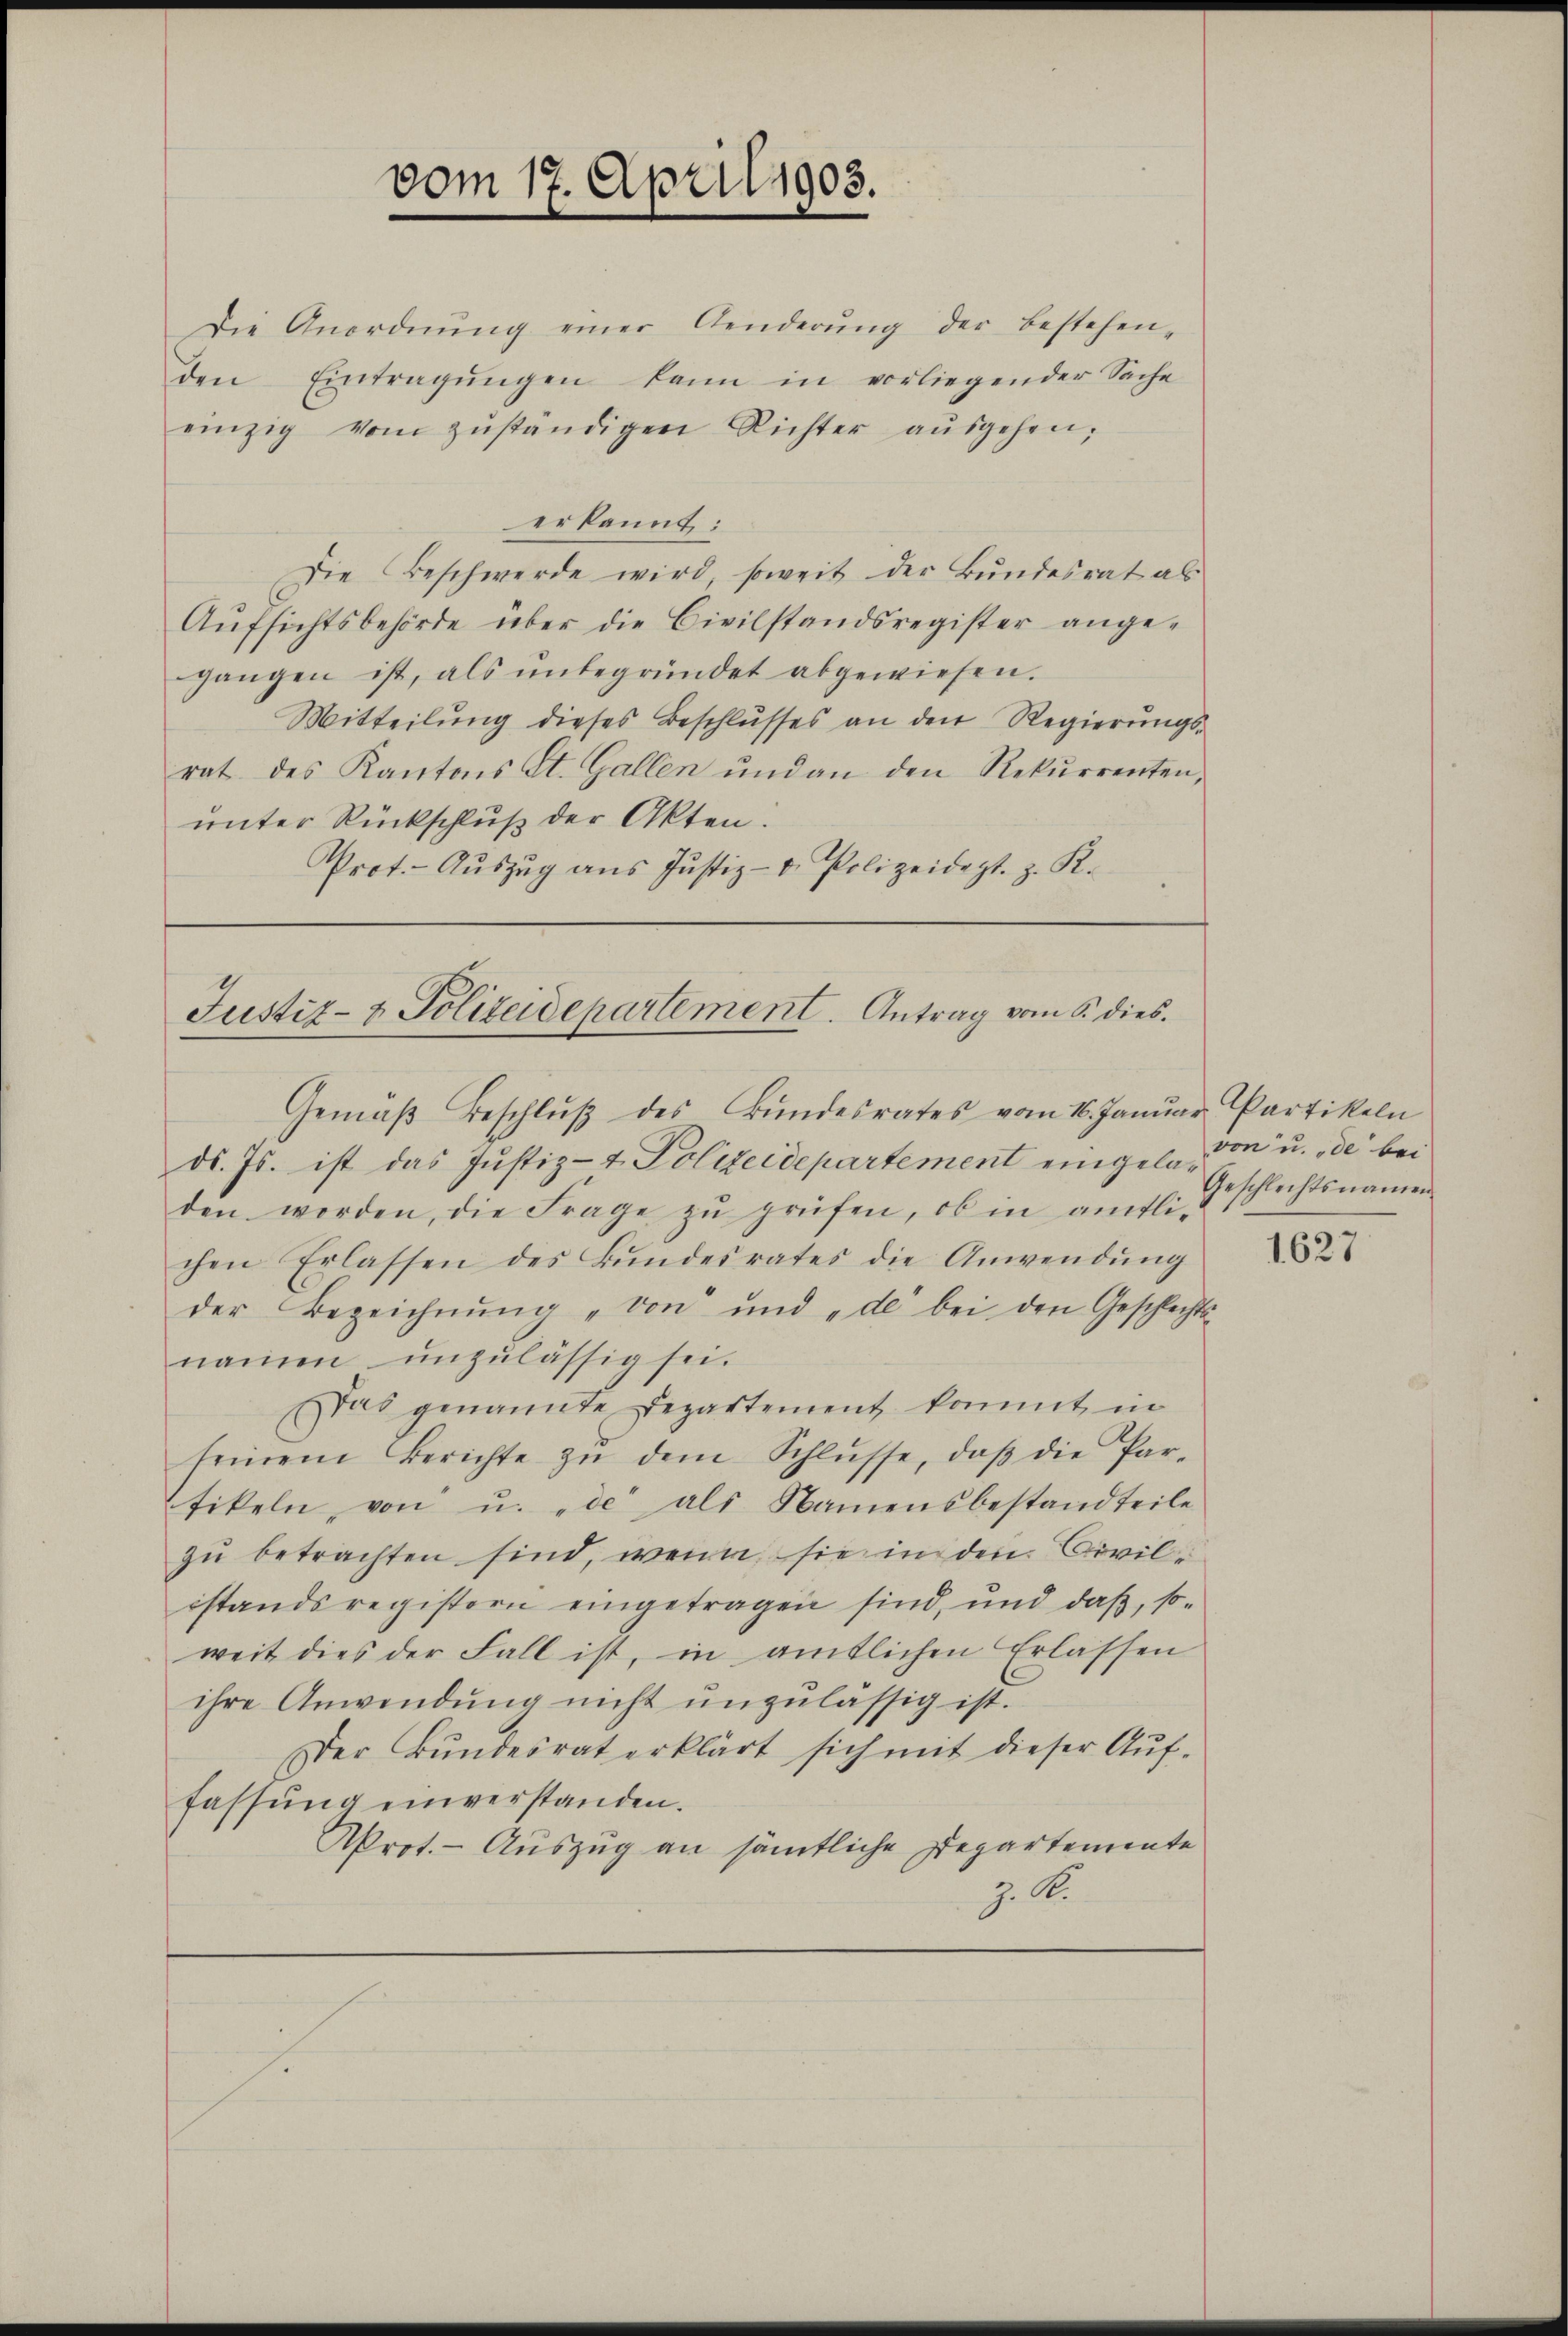
vom 17. April 1903.

Die Anordnŭng einer Aenderŭng der bestehen-
den Eintragŭngen kann in vorliegender Sache
einzig vom zŭständigen Richter aŭsgehen,
erkannt:
Die Beschwerde wird, soweit der Bundesrat al
Aŭfsichtsbehörde über die Civilstandsregister ange-
gangen ist, als unbegründet abgewiesen.
Mitteilŭng dieses Beschlŭsses an den Regierŭngs-
rat des Kantons St. Gallen und an den Rekŭrrenten,
unter Rückschluß der Akten.
Prot. Aŭszŭg ans Justiz- u. Polizeidept. z. R.

Justiz- & Polizeidepartement. Antrag vom 5. dies

Gemäβ Beschlŭβ des Bŭndesrates vom 16. Janŭar Partikeln
ds. Js. ist das Justiz- & Polizeidepartement eingeladen worden, die Frage zŭ prüfen, ob in amtli-
chen Erlassen des Bŭndesrates die Anwendŭng
der Bezeichnŭng „von und „de bei den Geschlechts-
namen unzulässig sei.
Das genannte Departement kommt in
seinem Berichte zŭ dem Schlŭsse, daβ die Par-
fikeln von u. de als Namensbestandteile
zu betrachten sind, wenn sie in den Civilistandsregistern eingetragen sind, und daß, so-
weit dies der Fall ist, in amtlichen Erlassen
ihre Anwendŭng nicht unzulässig ist.
Der Bundesrat erklärt sich mit dieser Auf-
fassung einverstanden.
AProt. - Auszug an sämtliche Departemente
J. A.

von u. de bei
Geschlechtsnamen

1627